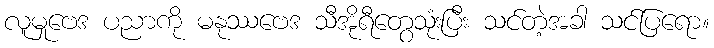
လူမှုဗေဒ ပညာကို မနုဿဗေဒ သီအိုရီတွေသုံးပြီး သင်တဲ့အခါ သင်ပြရော။